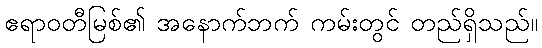
ဧရာဝတီမြစ်၏ အနောက်ဘက် ကမ်းတွင် တည်ရှိသည်။